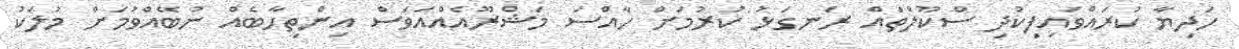
ހަދިޔާ ކުރައްވައިފިކުދި ސްކޫލްތައް ރަނގަޅު ކުރުމަށް ހާއްސަ މަޝްރޫއެއްއަވަސް އިންތިހާބެއް ނުބޭއްވުމަށް މުލަކު